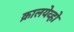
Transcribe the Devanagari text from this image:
क्रालयेव्हो